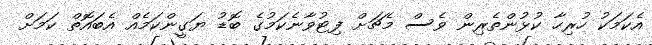
އެކަމަކު ހުރިހާ ކުޅުންތެރިން ވެސް މެޗަށް ފިޓުވާނެކަމުގެ ބޮޑު ޔަގީންކަމެއް އެބައޮތް ކަމަށް